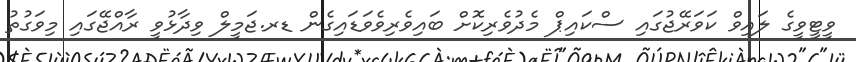
ވީޓީވީގެ ލައިވް ކަވަރޭޖުގައި ސްކައިޕް މެދުވެރިކޮށް ބައިވެރިވެވަޑައިގެން ޑރ.ޖަމީލް ވިދާޅުވީ ރާއްޖޭގައި މިވަގުތު